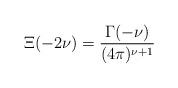
LaTeX: \begin{align*}\Xi (-2 \nu)=\frac{\Gamma(-\nu)}{(4 \pi )^{\nu + 1}}\;\end{align*}